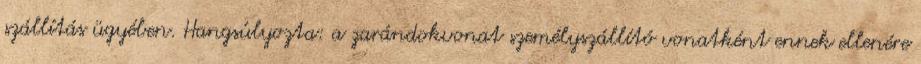
szállítás ügyében. Hangsúlyozta: a zarándokvonat személyszállító vonatként ennek ellenére